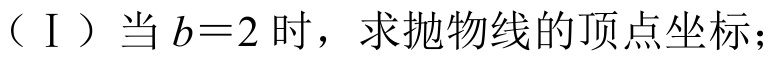
（Ⅰ）当\(b = 2\)时，求抛物线的顶点坐标；